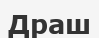
Драш